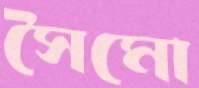
সৈমো